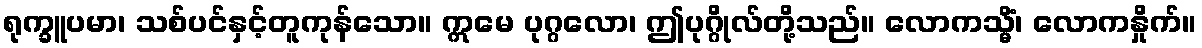
ရုက္ခူပမာ၊ သစ်ပင်နှင့်တူကုန်သော။ ဣမေ ပုဂ္ဂလော၊ ဤပုဂ္ဂိုလ်တို့သည်။ လောကသ္မိံ၊ လောကနှိုက်။